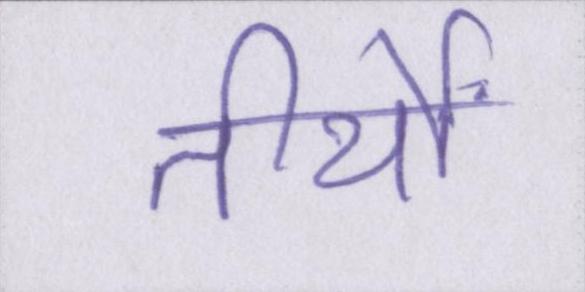
तीर्थों